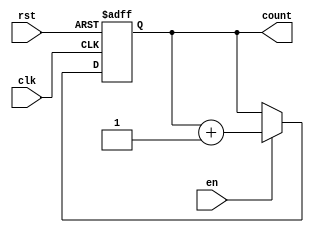
module incremental_counter #(
    parameter WIDTH = 8,            // Width of the counter
    parameter INITIAL_VALUE = 0     // Initial value for the counter
)(
    input wire clk,                 // Clock input
    input wire rst,                 // Asynchronous reset
    input wire en,                  // Enable signal
    output reg [WIDTH-1:0] count    // Counter value output
);

// Always block for counter logic
always @(posedge clk or posedge rst) begin
    if (rst) begin
        // Asynchronous reset: set counter to initial value
        count <= INITIAL_VALUE;
    end else if (en) begin
        // Increment the counter and wrap around on overflow
        count <= count + 1;
    end
    // If neither reset nor enable are asserted, retain current value
end

endmodule